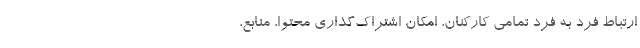
ارتباط فرد به فرد تمامی کارکنان، امکان اشتراک‌گذاری محتوا، منابع،